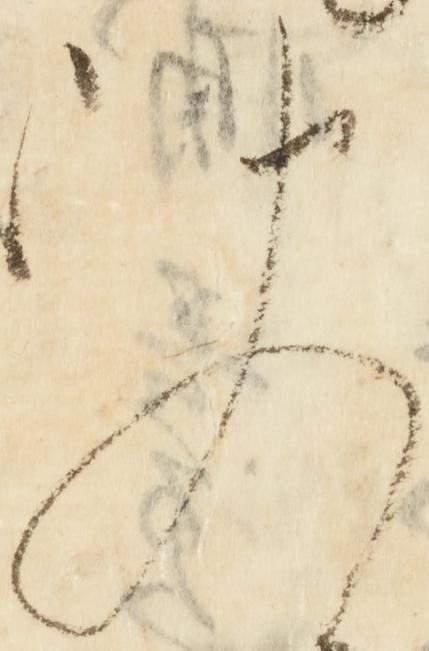
又